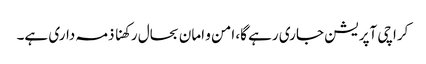
کراچی آپریشن جاری رہے گا، امن و امان بحال رکھنا ذمہ داری ہے۔